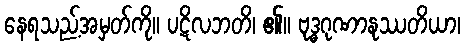
နေရသည့်အမှတ်ကို။ ပဋိလဘတိ၊ ၏။ ဗုဒ္ဓဂုဏာနုဿတိယာ၊